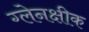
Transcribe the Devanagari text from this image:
ग्लेनक्षीक